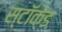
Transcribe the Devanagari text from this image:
स्टॉकेड